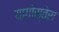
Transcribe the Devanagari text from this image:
यागोस्तेरा